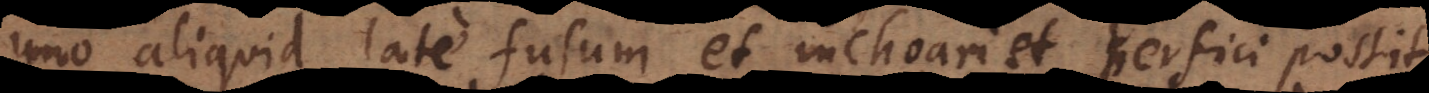
uno aliquid late fusum et inchoari et perfici possit